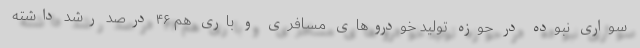
سواری نبوده در حوزه تولید خودروهای مسافری و باری هم ۴۶ درصد رشد داشته